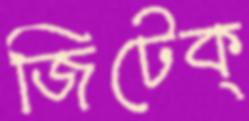
জিটেক্